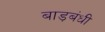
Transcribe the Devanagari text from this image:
बाड़बंधी